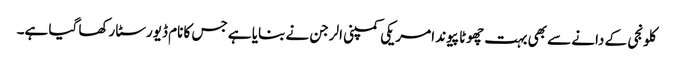
کلونجی کے دانے سے بھی بہت چھوٹا پیوند امریکی کمپنی الرجن نے بنایا ہے جس کا نام ڈیورسٹا رکھا گیا ہے۔